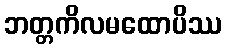
ဘတ္တကိလမထောပိဿ